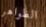
الظواهر